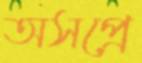
অসপ্রে